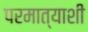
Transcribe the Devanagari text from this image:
परमात्याशी